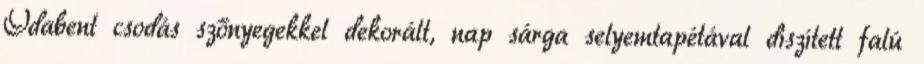
Odabent csodás szőnyegekkel dekorált, nap sárga selyemtapétával díszített falú